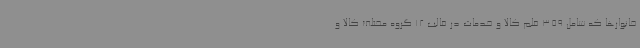
خانوارها که شامل 359 قلم کالا و خدمات در قالب 12 گروه مختلف کالا و